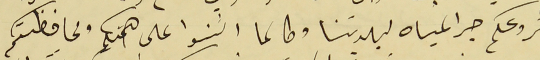
مشروعكم جر المياه لبلدتنا وطالما اثنوا على همتكم ومحافظتكم